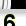
Digit: 6